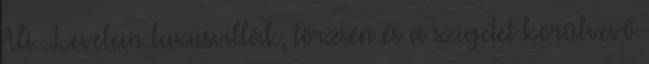
Ali . Levelein luxusvillák, törzsén és a szigetet körülvevő